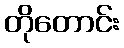
တိုတောင်း